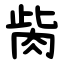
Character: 胔